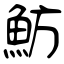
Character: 魴